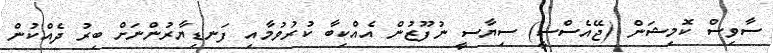
ސާވިސް ކޮމިޝަން (ޖޭއެސްސީ) ސިޔާސީ ނުފޫޒުން އެއްކިބާ ކުރުވުމާއި ފަނޑިޔާރުންނަށް ބިރު ދެއްކުން